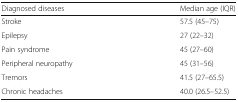
| Diagnosed diseases | Median age (IQR) |
 | --- | --- |
 | Stroke | 57.5 (45–75) |
 | Epilepsy | 27 (22–32) |
 | Pain syndrome | 45 (27–60) |
 | Peripheral neuropathy | 45 (31–56) |
 | Tremors | 41.5 (27–65.5) |
 | Chronic headaches | 40.0 (26.5–52.5) |